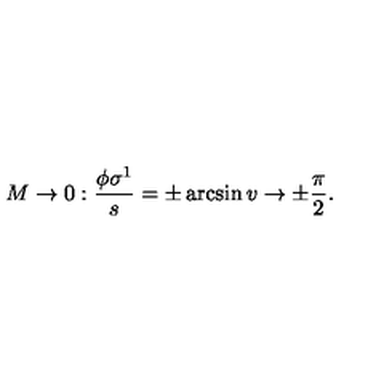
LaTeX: M \rightarrow 0 : \frac { \phi \sigma ^ { 1 } } { s } = \pm \arcsin v \rightarrow \pm \frac { \pi } { 2 } .